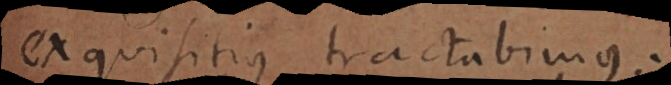
exquisitius tractabimus.